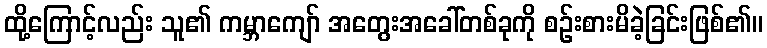
ထို့ကြောင့်လည်း သူ၏ ကမ္ဘာကျော် အတွေးအခေါ်တစ်ခုကို စဉ်းစားမိခဲ့ခြင်းဖြစ်၏။